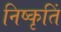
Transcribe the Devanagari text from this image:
निष्कृतिं